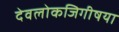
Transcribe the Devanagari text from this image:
देवलोकजिगीषया